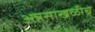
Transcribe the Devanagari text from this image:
अन्नसाखळीचे